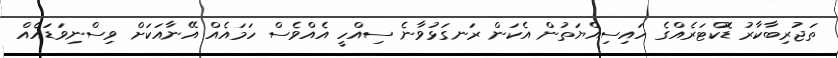
ތަޖުރިބާކާރު ޑޮކްޓަރެއްގެ ހައިސިއްޔަތުން އެކަން ރަނގަޅުވާނެ ސިއްހީ އެއްވެސް ހަމައެއް އޭނާއަކަށް ވިސްނިވަޑައެއް